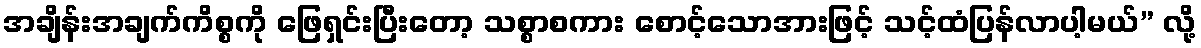
အချိန်းအချက်ကိစ္စကို ဖြေရှင်းပြီးတော့ သစ္စာစကား စောင့်သောအားဖြင့် သင့်ထံပြန်လာပါ့မယ်” လို့